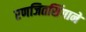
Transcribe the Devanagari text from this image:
रणजितसिंगाने